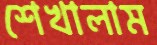
শেখালাম